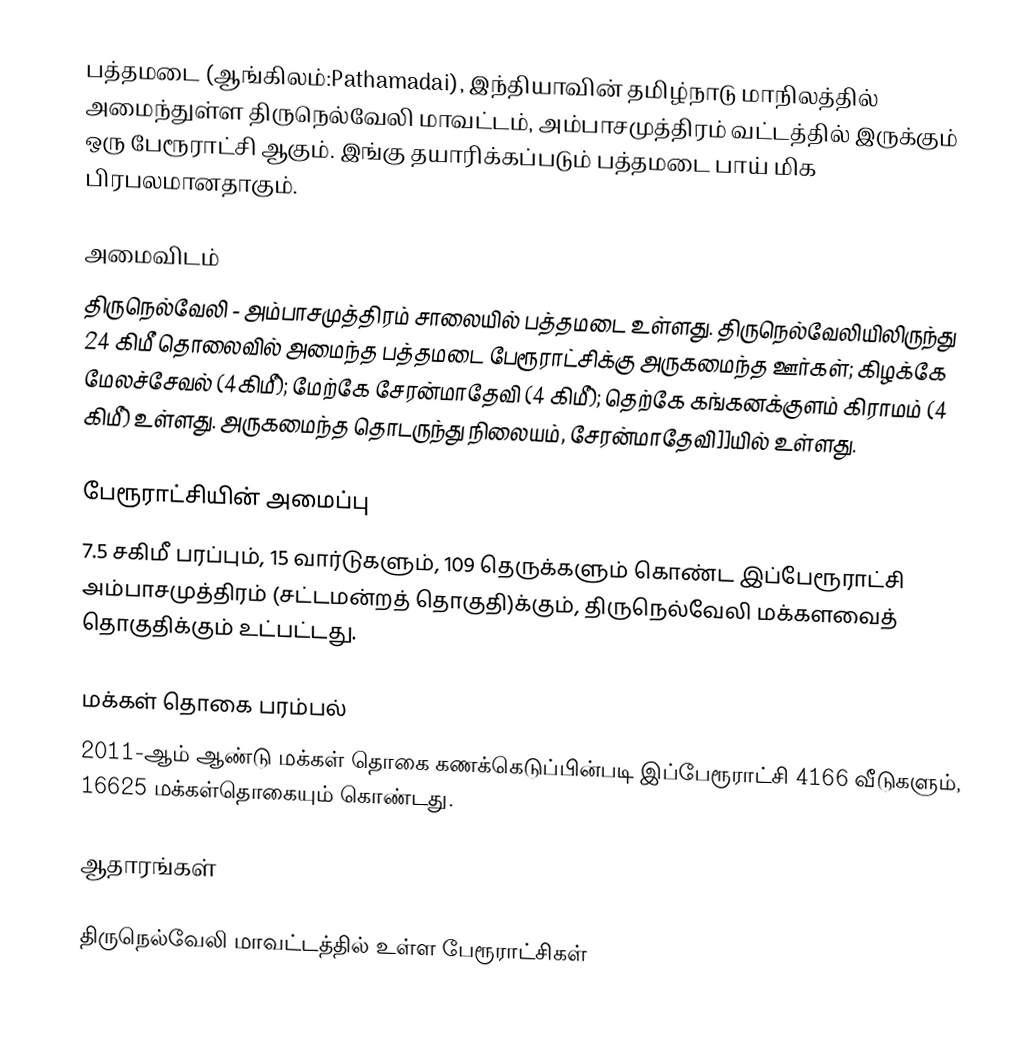
பத்தமடை (ஆங்கிலம்:Pathamadai), இந்தியாவின் தமிழ்நாடு மாநிலத்தில் அமைந்துள்ள திருநெல்வேலி மாவட்டம், அம்பாசமுத்திரம் வட்டத்தில் இருக்கும் ஒரு பேரூராட்சி ஆகும். இங்கு தயாரிக்கப்படும் பத்தமடை பாய் மிக பிரபலமானதாகும்.

அமைவிடம்
திருநெல்வேலி - அம்பாசமுத்திரம் சாலையில்  பத்தமடை உள்ளது. திருநெல்வேலியிலிருந்து 24 கிமீ தொலைவில் அமைந்த பத்தமடை பேரூராட்சிக்கு அருகமைந்த ஊர்கள்; கிழக்கே மேலச்சேவல் (4கிமீ); மேற்கே சேரன்மாதேவி (4 கிமீ); தெற்கே   கங்கனக்குளம் கிராமம் (4 கிமீ) உள்ளது. அருகமைந்த தொடருந்து நிலையம், சேரன்மாதேவி]]யில் உள்ளது.

பேரூராட்சியின் அமைப்பு
7.5  சகிமீ பரப்பும்,  15 வார்டுகளும், 109 தெருக்களும் கொண்ட இப்பேரூராட்சி அம்பாசமுத்திரம் (சட்டமன்றத் தொகுதி)க்கும், திருநெல்வேலி மக்களவைத் தொகுதிக்கும் உட்பட்டது.

மக்கள் தொகை பரம்பல்
2011-ஆம் ஆண்டு மக்கள் தொகை கணக்கெடுப்பின்படி  இப்பேரூராட்சி                4166 வீடுகளும், 16625 மக்கள்தொகையும் கொண்டது.

ஆதாரங்கள்

திருநெல்வேலி மாவட்டத்தில் உள்ள பேரூராட்சிகள்